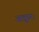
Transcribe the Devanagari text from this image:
अक्रूरः